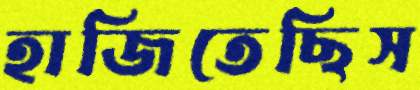
হাজিতেছিস